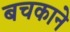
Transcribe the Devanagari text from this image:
बचकाने